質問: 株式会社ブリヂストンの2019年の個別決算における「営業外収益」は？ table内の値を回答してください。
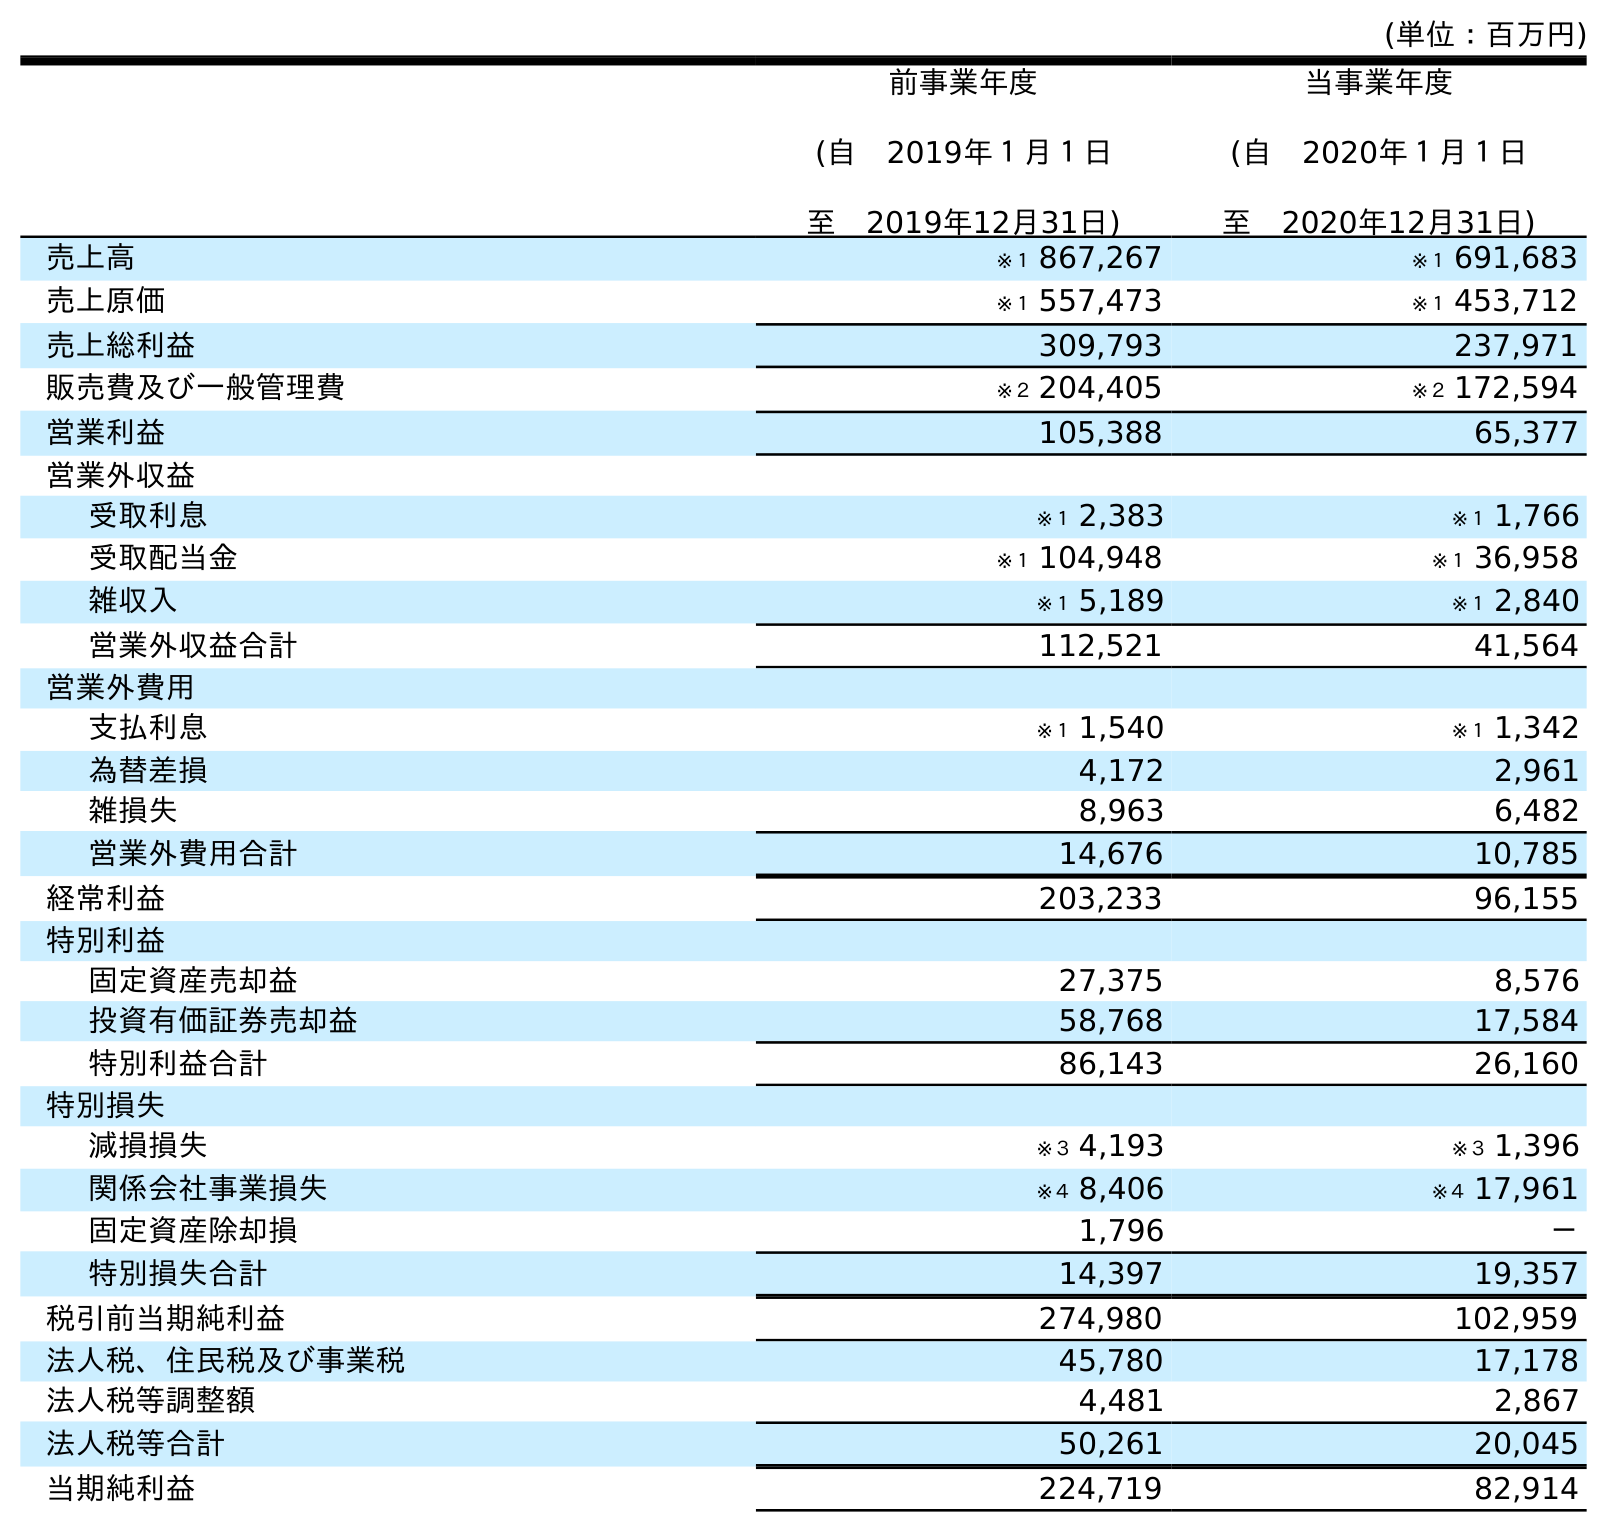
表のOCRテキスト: (単位：百万円) 前事業年度 (自 2019年１月１日 至 2019年12月31日) 当事業年度 (自 2020年１月１日 至 2020年12月31日) 売上高 ※１ 867,267 ※１ 691,683 売上原価 ※１ 557,473 ※１ 453,712 売上総利益 309,793 237,971 販売費及び一般管理費 ※２ 204,405 ※２ 172,594 営業利益 105,388 65,377 営業外収益 受取利息 ※１ 2,383 ※１ 1,766 受取配当金 ※１ 104,948 ※１ 36,958 雑収入 ※１ 5,189 ※１ 2,840 営業外収益合計 112,521 41,564 営業外費用 支払利息 ※１ 1,540 ※１ 1,342 為替差損 4,172 2,961 雑損失 8,963 6,482 営業外費用合計 14,676 10,785 経常利益 203,233 96,155 特別利益 固定資産売却益 27,375 8,576 投資有価証券売却益 58,768 17,584 特別利益合計 86,143 26,160 特別損失 減損損失 ※３ 4,193 ※３ 1,396 関係会社事業損失 ※４ 8,406 ※４ 17,961 固定資産除却損 1,796 － 特別損失合計 14,397 19,357 税引前当期純利益 274,980 102,959 法人税、住民税及び事業税 45,780 17,178 法人税等調整額 4,481 2,867 法人税等合計 50,261 20,045 当期純利益 224,719 82,914
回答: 112,521